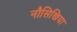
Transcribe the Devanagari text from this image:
नौसिखिया